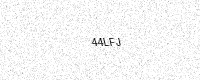
Text: 44LFJ